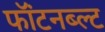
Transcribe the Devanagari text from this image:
फॉंटनब्ल्ट